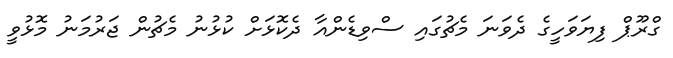
ގްރޫޕް ފިޔަވަހީގެ ދެވަނަ މެޗުގައި ސްވިޑެންއާ ދެކޮޅަށް ކުޅުނު މެޗުން ޖަރުމަނު މޮޅުވީ